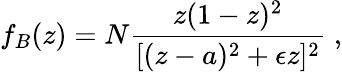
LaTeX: f_{B}(z)=N\frac{z(1-z)^{2}}{[(z-a)^{2}+\epsilon z]^{2}}\; ,